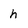
Character: h